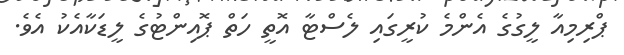
ޕްރިމިއާ ލީގުގެ އެންމެ ކުރީގައި ލެސްޓާ އޮތީ ހަތް ޕޮއިންޓުގެ ލީޑަކާއެކު އެވެ.